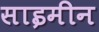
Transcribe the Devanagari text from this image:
साइमीन